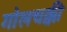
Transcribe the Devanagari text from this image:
गोलचक्की